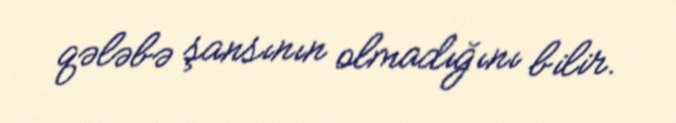
qələbə şansının olmadığını bilir.